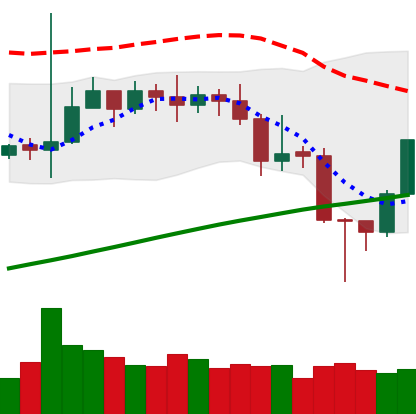
Ticker: TRX-USD
Chart end date: 2020-11-06
Forward return: -3.879%
Label: down_3_5